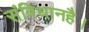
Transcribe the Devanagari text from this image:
संविधानहै।